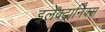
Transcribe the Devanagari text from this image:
इलेक्‍ट्रानिक्‍स